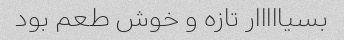
بسیااااار تازه و خوش طعم بود